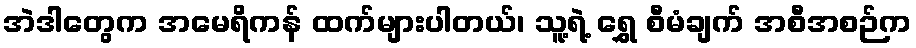
အဲဒါတွေက အမေရိကန် ထက်များပါတယ်၊ သူ့ရဲ့ ရွှေ စီမံချက် အစီအစဉ်က